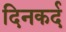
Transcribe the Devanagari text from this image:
दिनकर्द